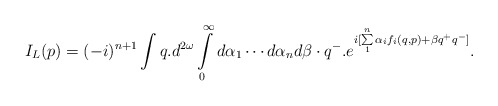
\begin{align*} I_L(p)= (-i)^{n+1}\int q.d^{2\omega}\int\limits^\infty_0d\alpha_1\cdots d\alpha_nd\beta \cdot q^-.e^{i[\sum\limits^n_1\alpha_if_i(q,p)+\beta q^+q^-]}.\end{align*}